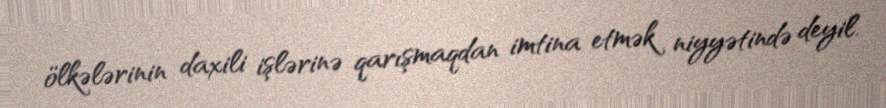
ölkələrinin daxili işlərinə qarışmaqdan imtina etmək niyyətində deyil.